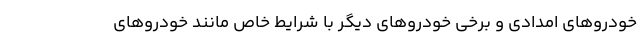
خودروهای امدادی و برخی خودروهای دیگر با شرایط خاص مانند خودروهای